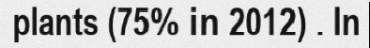
plants (75% in 2012) . In